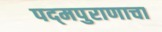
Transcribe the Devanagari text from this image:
पद्‌मपुराणाचा